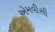
એમવીસી